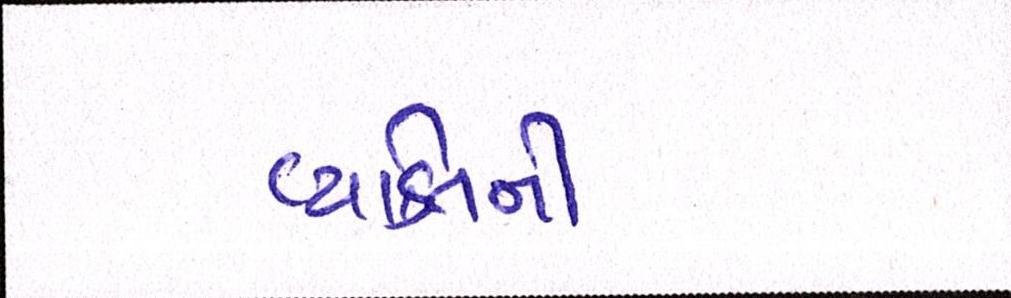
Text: વ્યકિતની